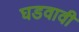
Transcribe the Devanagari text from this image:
घडवावी